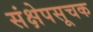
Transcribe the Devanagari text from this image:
संक्षेपसूचक